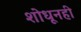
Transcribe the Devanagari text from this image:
शोधूनही